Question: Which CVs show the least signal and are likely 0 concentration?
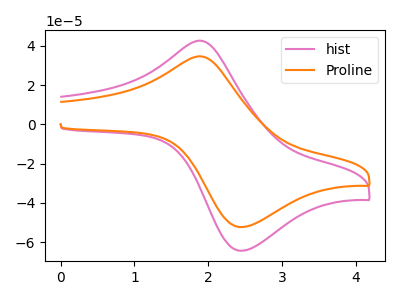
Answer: <think>The pink curve "hist" has an anodic peak at (1.90V, 42.60uA) and a cathodic peak at (2.45V, -64.35uA). The orange curve "Proline" has an anodic peak at (1.90V, 34.60uA) and a cathodic peak at (2.45V, -52.30uA).</think>
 <answer>There are not any CV's on this graph that are likely to be blanks.</answer>
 <eval>none</eval>